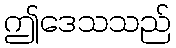
ဤဒေသသည်